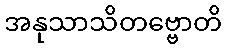
အနုသာသိတဗ္ဗောတိ